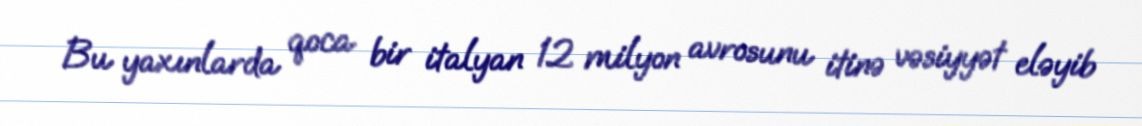
Bu yaxınlarda qoca bir italyan 12 milyon avrosunu itinə vəsiyyət eləyib